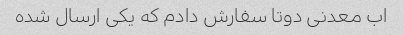
اب معدنی دوتا سفارش دادم که یکی ارسال شده